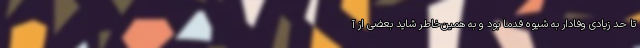
تا حد زیادی وفادار به شیوه قدما بود و به همین‌خاطر شاید بعضی از آ